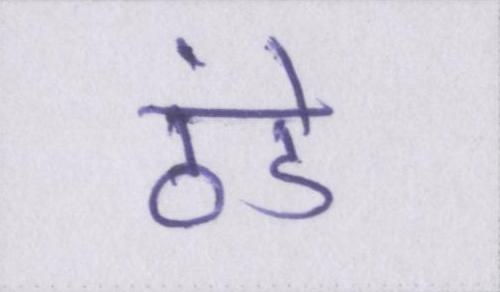
ठंडे